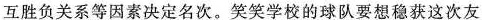
互胜负关系等因素决定名次。笑笑学校的球队要想稳获这次友